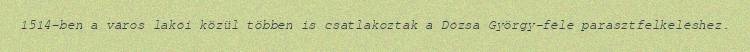
1514-ben a város lakói közül többen is csatlakoztak a Dózsa György-féle parasztfelkeléshez.